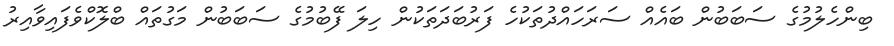
ބިންހެލުމުގެ ސަބަބުން ބައެއް ސަރަހައްދުތަކުހެ ފަރުބަދަތަކުން ހިލަ ފޭބުމުގެ ސަބަބުން މަގުތައް ބްލޮކްވެފައިވާއިރު